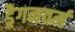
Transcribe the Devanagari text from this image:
ड्रैगनवर्म